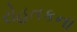
રોહતકના